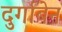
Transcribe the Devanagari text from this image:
दुर्गाबेन